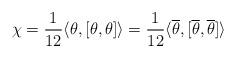
LaTeX: \begin{align*} \chi = \frac 1{12} \langle \theta, [\theta, \theta] \rangle = \frac 1{12} \langle \overline{\theta}, [\overline{\theta}, \overline{\theta}] \rangle\end{align*}